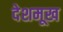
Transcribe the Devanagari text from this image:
देशमूख